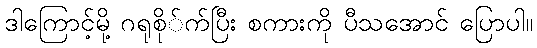
ဒါကြောင့်မို့ ဂရုစို်က်ပြီး စကားကို ပီသအောင် ပြောပါ။